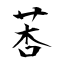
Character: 莕